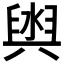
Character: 𮍮